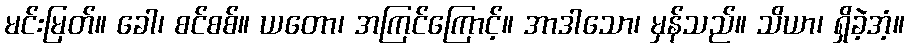
မင်းမြတ်။ ခေါ၊ စင်စစ်။ ယတော၊ အကြင်ကြောင့်။ အာဒါသော၊ မှန်သည်။ သိယာ၊ ရှိခဲ့အံ့။